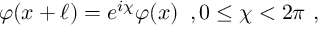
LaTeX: \quad \varphi ( x + \ell ) = e ^ { i \chi } \varphi ( x ) \, \, \, , 0 \leq \chi < 2 \pi \, \, ,